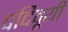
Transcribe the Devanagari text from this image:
पदिवूयी